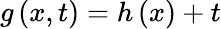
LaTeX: g\left(x,t\right)=h\left(x\right)+t